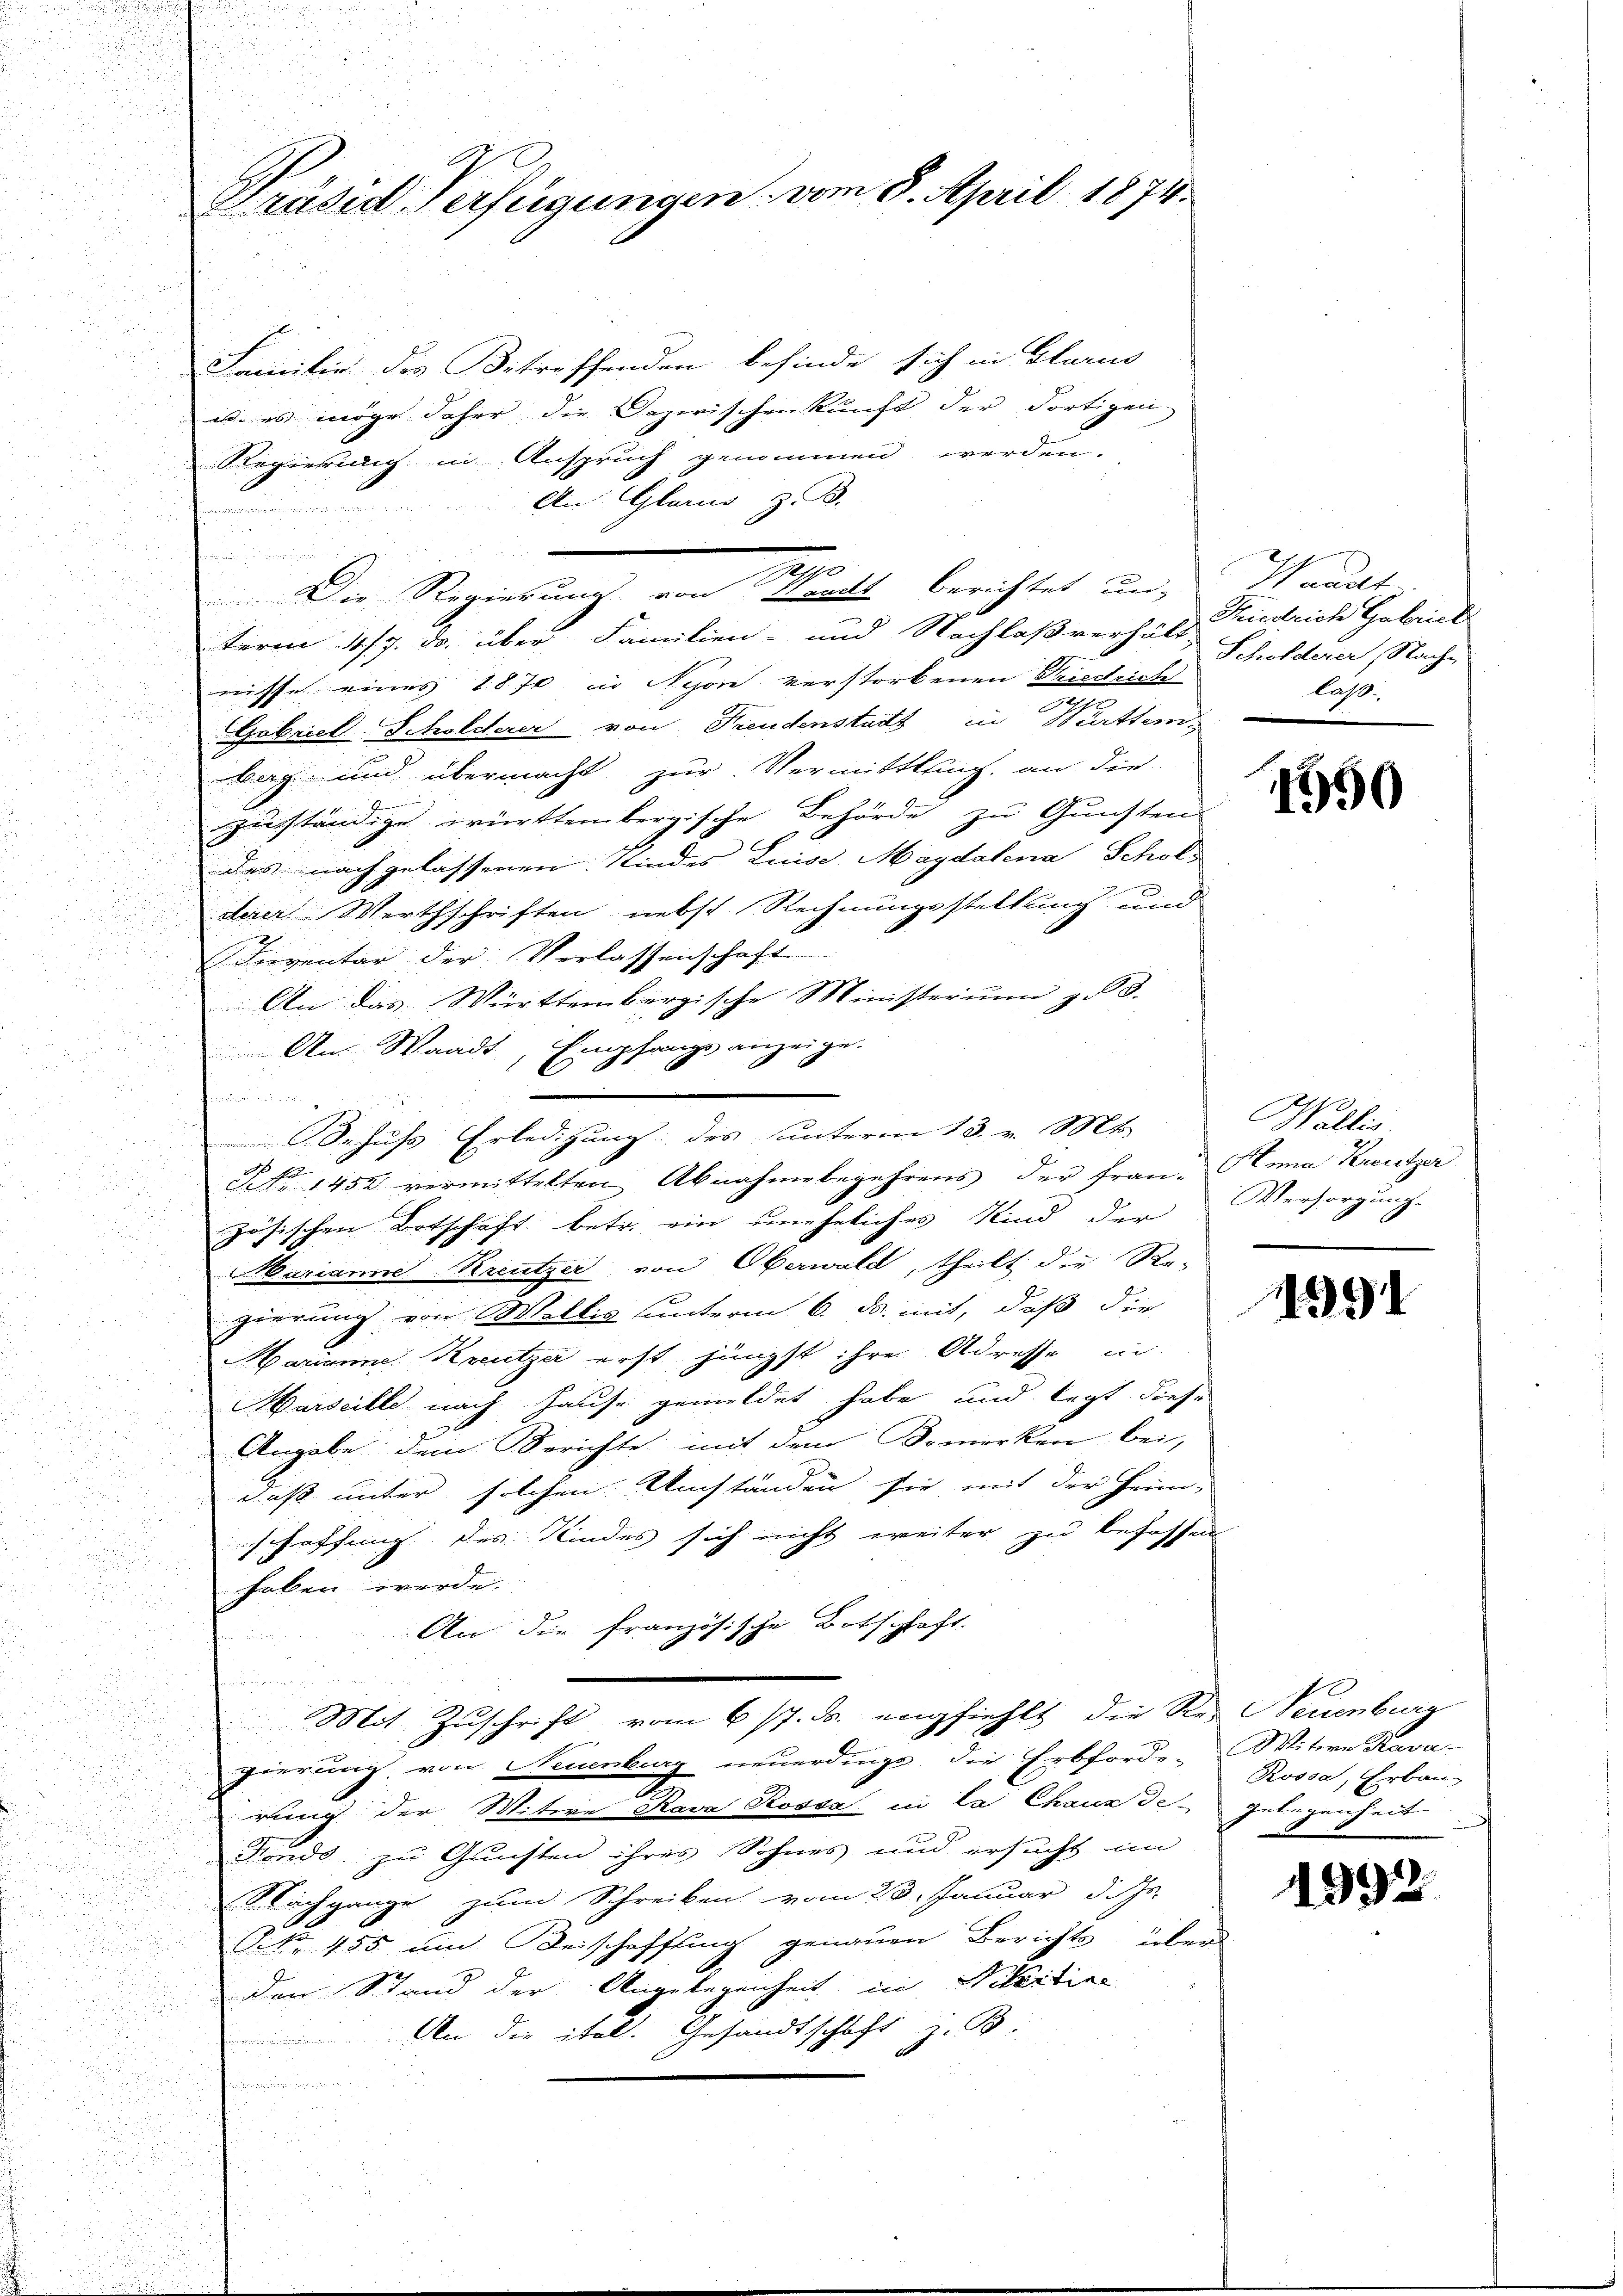
Präsid. Verfügungen vom 8. April 1874.

Familie des Betreffenden befinde sich in Glarus
u. es möge Jahre die Dazwischenkunft der dortigen,
Regierung in Anspruch genommen werden.
An Glarus, z. B.
ianischeintreten unsere
de

u
term 4/7. ds. über Familien- und Nachlaßverhält, Schilderer Nach-
22
nisse eines 1870 in Nyon verstorbenen Riedrich
 25
.
resse
Gabriel Scholderer von Freudenstadt in Bürttem-
u
Bag und übermacht zur Vermittlung, an die

J.
zuständige württembergische Behörde zu Gunsten
i
des nach gelassenen Kindes Luise Magdalena Schols
u
.
derer Werthschriften nebst Rechnungsstellung und

Inventar der Verlassenschaft
u
An das Württembergische Ministerium z. B.
u

An Waadt, Empfangs anzeige.
.
den in hinun
d

NNo. 1452 vermittelten Abnahmebegehrens der Frau Anna Kreutzer

zösischen Botschaft betr. ein uneheliches Kind der Versorgung-
.

Marianne Kreutzer von Oberwald, theilt die Re-
zierung von Wallis unterm 6. ds. mit, daß die
Barian Kreutze erst jüngst ihre Adresse in

Marseille nach Hause gemeldet habe und legt diese
i
.
Angabe dem Berichte mit dem Bemerken bei,
.
daß unter solchen Umständen sie mit der Heim-
u
schaffung des Kindes sich nicht weiter zu behaffen
u
haben werde.
An die französische Botschaft.

Mit Zuschrift vom 6. 17. ds. empfiehlt die Res Neuenburg
pierung von Neuenburg neuerdings die Erbforde-
rung der Witere Rava Rossa in La Chause gelegenheit
Fonds zu Gunsten ihres Sohnes und ersucht im
Nachgange zum Schreiben vom 23. Januar d. Js.
Pik. 455 und Beischaffung genauen Berichts über
den Stand der Angelegenheit in Pilartier
An die ital. Gesandtschaft: B.

Der Regierung an Markte berichtet und

Schuss Erledigung des unterm 13. v. Mts.

Schaut
Kiedrich Gabriel
laß.

1790

Wallis.

391

Witere Kava
Roosa, Erbau-

1992